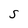
Character: S